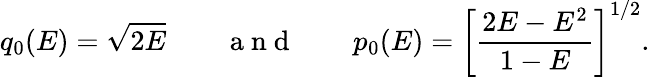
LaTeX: q_{0}(E)=\sqrt{2E}\qquad\mathrm{~a~n~d~}\qquad p_{0}(E)=\left[\frac{2E-E^{2}}{1-E}\right]^{1/2}.